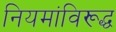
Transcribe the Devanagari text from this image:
नियमांविरूद्ध